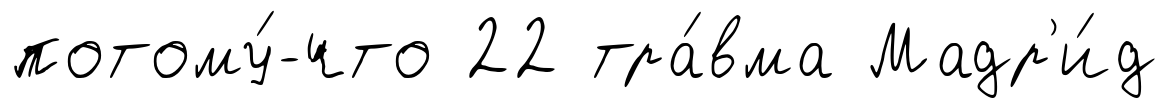
потому́-что 22 тра́вма Мадр'и́д